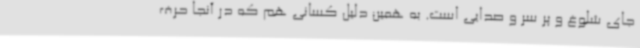
جای شلوغ و پر سر و صدایی است. به همین دلیل کسانی هم که در آنجا حرف